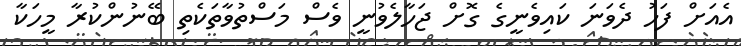
އެއަށް ފަހު ދެވަނަ ކައިވެނީގެ ގޮށް ޖަހާލެވުނީ ވެސް މަސްތުވާތަކެތި ބޭނުންކުރާ މީހަކާ